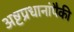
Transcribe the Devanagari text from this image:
अष्टप्रधानांपैकी